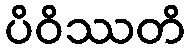
ပိဝိဿတိ